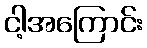
ငါ့အကြောင်း